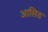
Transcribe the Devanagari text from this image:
आसिड